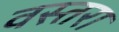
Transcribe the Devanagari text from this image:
वस्तरा